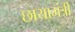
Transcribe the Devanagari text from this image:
छायामंत्री